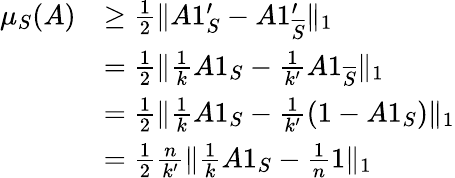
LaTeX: \begin{array}{rl}{\mu_{S}(A)}&{\geq\frac{1}{2}\| A1_{S}^{\prime}-A1_{\overline{{S}}}^{\prime}\| _{1}}\\ &{=\frac{1}{2}\| \frac{1}{k}A1_{S}-\frac{1}{k^{\prime}}A1_{\overline{{S}}}\| _{1}}\\ &{=\frac{1}{2}\| \frac{1}{k}A1_{S}-\frac{1}{k^{\prime}}(1-A1_{S})\| _{1}}\\ &{=\frac{1}{2}\frac{n}{k^{\prime}}\| \frac{1}{k}A1_{S}-\frac{1}{n}1\| _{1}}\end{array}